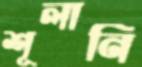
শূলানি